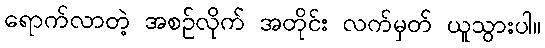
ရောက်လာတဲ့ အစဉ်လိုက် အတိုင်း လက်မှတ် ယူသွားပါ။